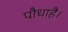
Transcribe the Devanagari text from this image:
पौधाहै।